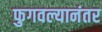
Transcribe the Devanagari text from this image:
फुगवल्यानंतर